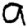
Digit: 9